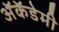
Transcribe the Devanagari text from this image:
अॅकॅडेमी